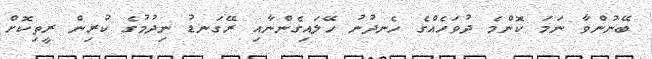
ބޭނުންވާ ނަމަ ކޮންމެ ދުވަހެއްގެ ހެނދުނު ހޭލައިގެންނާއި ރޭގަނޑު ނިދުމުގެ ކުރިން ރީތިކޮށް